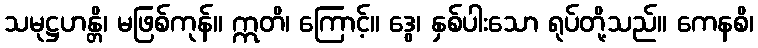
သမုဋ္ဌဟန္တိ၊ မဖြစ်ကုန်။ ဣတိ၊ ကြောင့်။ ဒွေ၊ နှစ်ပါးသော ရုပ်တို့သည်။ ကေနစိ၊